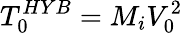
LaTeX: T_{0}^{HYB}=M_{i}V_{0}^{2}